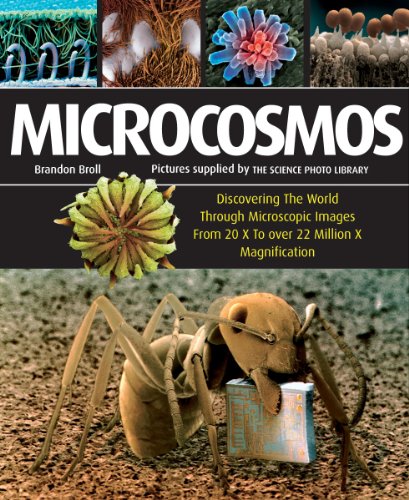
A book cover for Microcosmos: Discovering The World Through Microscopic Images From 20 X to Over 22 Million X Magnification; Brandon Broll; Science & Math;